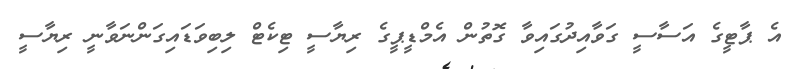
އެ ޕާޓީގެ އަސާސީ ގަވާއިދުގައިވާ ގޮތުން އެމްޑީޕީގެ ރިޔާސީ ޓިކެޓް ލިބިވަޑައިގަންނަވާނީ ރިޔާސީ